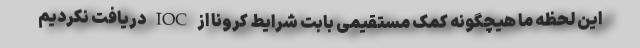
این لحظه ما هیچگونه کمک مستقیمی بابت شرایط کرونا از IOC دریافت نکردیم